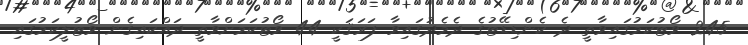
245 ވޯޓުކަމުގައިވާތީ ދެ ކެންޑިޑޭޓުގެ ދެމެދުގައިވާ ފަރަޤަކީ 44 ވޯޓުކަމަށްވާތީ ދައްކައިގެން ވޯޓުލީކަމުގައި